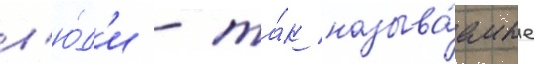
л'ю́д'и - та́к называ́емые